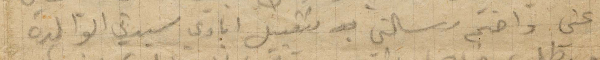
عني واختم رسالتي بتقبيل ايادي سيدتي الوالدة